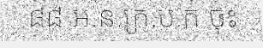
៨៨ អ.ន.ក្រ.ប.ក ចុះ